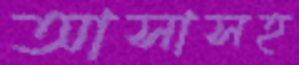
আসাসহ